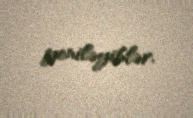
yeniləyiblər.